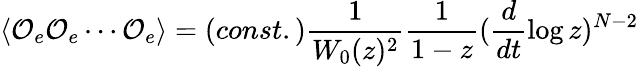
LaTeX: \langle{\cal O}_{e}{\cal O}_{e}\cdots{\cal O}_{e}\rangle=(const.)\frac{1}{W_{0}(z)^{2}}\frac{1}{1-z}(\frac{d}{dt}\log z)^{N-2}